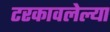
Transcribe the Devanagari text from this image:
टरकावलेल्या